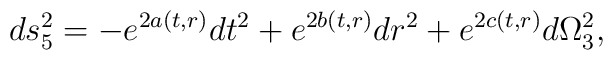
ds_{5}^{2} = - e^{2a(t,r)}dt^2 + e^{2b(t,r)} dr^2 + e^{2c(t,r)}d\Omega_{3}^2,